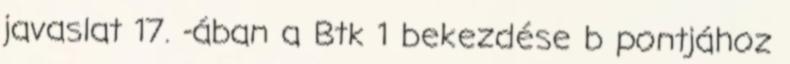
javaslat 17. -ában a Btk 1 bekezdése b pontjához